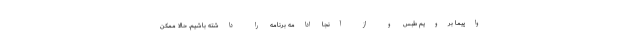
واپیما برویم طبس و از آنجا ادامه برنامه را داشته باشیم. حالا ممکن